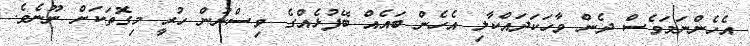
އެހެންނަމަވެސް ދެން ވާހަކަދައްކާލި އެހެން ބައެއް ބޭފުޅެއްގެ ވިސްނުން ހުރިީ މިގޮތަކަށް ނޫނެވެ.